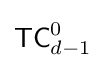
{\mathsf {TC}}_{d-1}^{0}